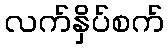
လက်နှိပ်စက်